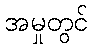
အမှုတွင်